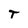
Character: T